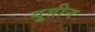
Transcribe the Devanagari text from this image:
युगीन